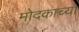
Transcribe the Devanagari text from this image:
मोदकाच्या